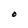
Character: O